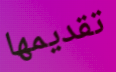
تقديمها